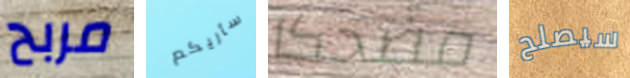
مربح سأريكم مضحكا سيصلح